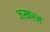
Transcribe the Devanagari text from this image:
जस्करन